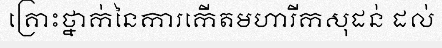
គ្រោះថ្នាក់នៃការកើតមហារីកសុដន់ ដល់